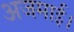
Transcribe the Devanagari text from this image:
अजमाई।